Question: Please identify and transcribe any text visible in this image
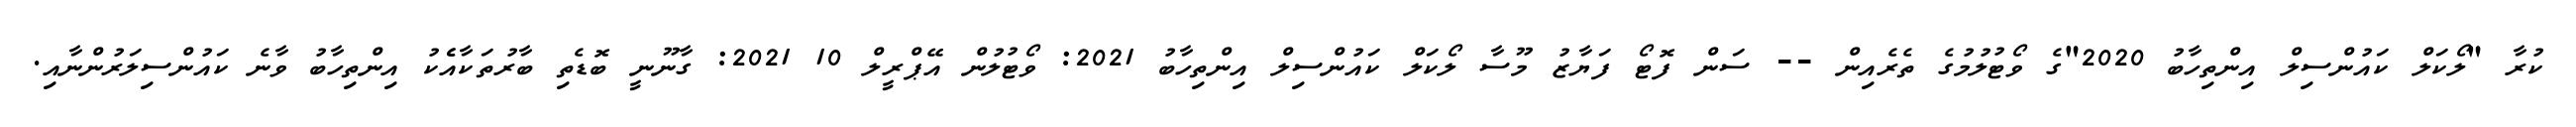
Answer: ކުރާ "ލޯކަލް ކައުންސިލް އިންތިހާބު 2020"ގެ ވޯޓުލުމުގެ ތެރެއިން -- ސަން ފޮޓޯ ފަޔާޒު މޫސާ ލޯކަލް ކައުންސިލް އިންތިހާބު 2021: ވޯޓުލުން އޭޕްރީލް 10 2021: ގާނޫނީ ބޮޑެތި ބާރުތަކާއެެކު އިންތިހާބު ވާނެ ކައުންސިލަރުންނާއި.